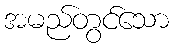
အမည်တွင်သော